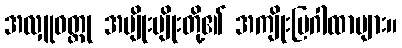
အလှူဝတ္ထု အမျိုးမျိုးတို့၏ အကျိုးပြဂါထာများ။